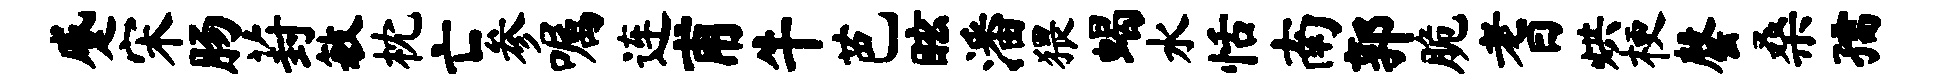
蹙宋肠葑敏枕亡参嘱连甫牛芭眩潘猥蝎水恬南郭脆耆烘梗罄桑孺